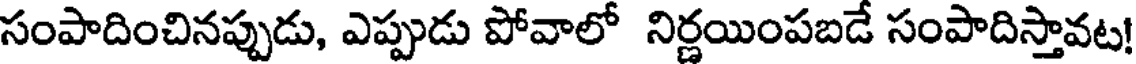
సంపాదించినప్పుడు, ఎప్పుడు పోవాలో నిర్ణయింపబడే సంపాదిస్తావట